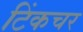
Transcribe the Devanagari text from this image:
टिंकचर